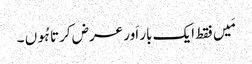
مَیں فقط ایک بار اَور عرض کرتا ہُوں ۔